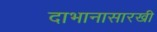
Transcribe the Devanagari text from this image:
दाभानासारखी